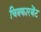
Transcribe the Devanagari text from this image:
चित्रकारबेंट